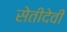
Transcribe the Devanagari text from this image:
सेतीदेवी